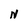
Character: N